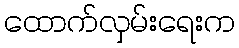
ထောက်လှမ်းရေးက